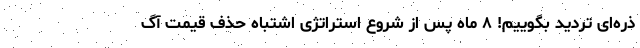
ذره‌ای تردید بگوییم! ۸ ماه پس از شروع استراتژی اشتباه حذف قیمت آگ